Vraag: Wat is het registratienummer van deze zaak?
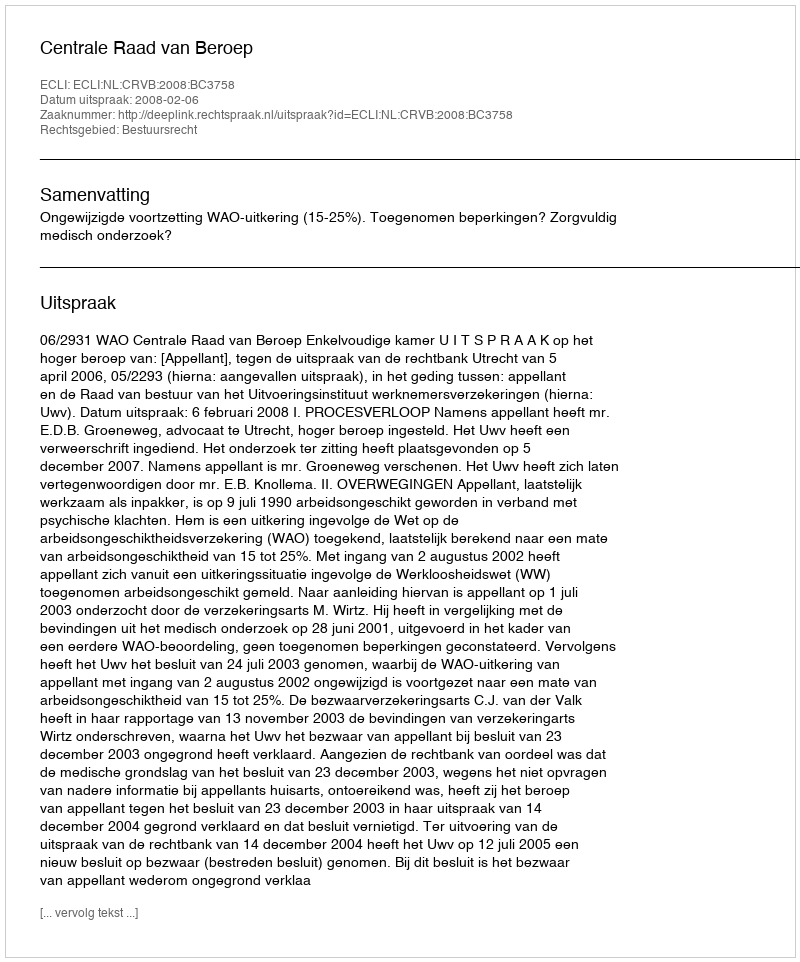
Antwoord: http://deeplink.rechtspraak.nl/uitspraak?id=ECLI:NL:CRVB:2008:BC3758